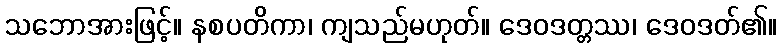
သဘောအားဖြင့်။ နစပတိကာ၊ ကျသည်မဟုတ်။ ဒေဝဒတ္တဿ၊ ဒေဝဒတ်၏။